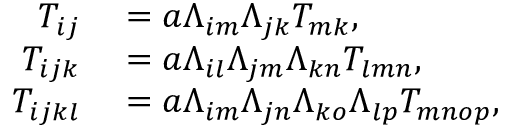
\begin{array} { r l } { T _ { i j } } & { { } = a \Lambda _ { i m } \Lambda _ { j k } T _ { m k } , } \\ { T _ { i j k } } & { { } = a \Lambda _ { i l } \Lambda _ { j m } \Lambda _ { k n } T _ { l m n } , } \\ { T _ { i j k l } } & { { } = a \Lambda _ { i m } \Lambda _ { j n } \Lambda _ { k o } \Lambda _ { l p } T _ { m n o p } , } \end{array}